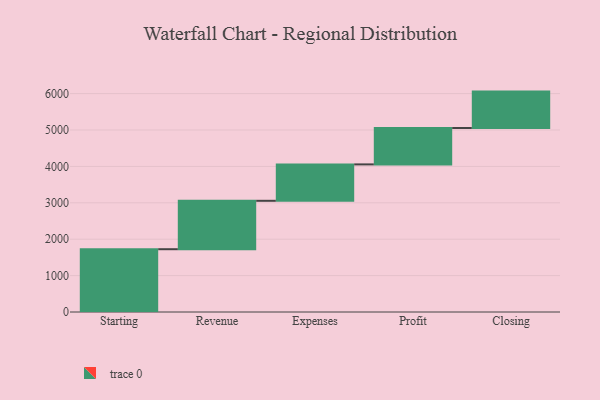
{"axis": {"x": "Step", "y": "Value"}, "legend": [""], "data": [{"x": "Starting", "y": 1725.0, "type": ""}, {"x": "Revenue", "y": 1330.0, "type": ""}, {"x": "Expenses", "y": 1000, "type": ""}, {"x": "Profit", "y": 1000, "type": ""}, {"x": "Closing", "y": 1000, "type": ""}]}